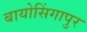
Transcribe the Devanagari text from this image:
बायोसिंगापुर